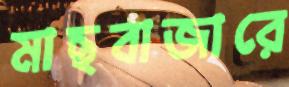
মাছবাজারে